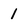
Character: 1